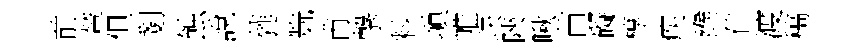
前輦但剗蝕說蕤兟甫撃料塡帷玦陝啾苗礙椁疾緱伴渡稿